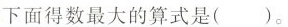
下面得数最大的算式是( )。